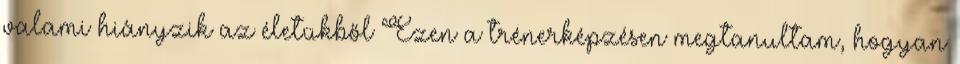
valami hiányzik az életükből Ezen a trénerképzésen megtanultam, hogyan